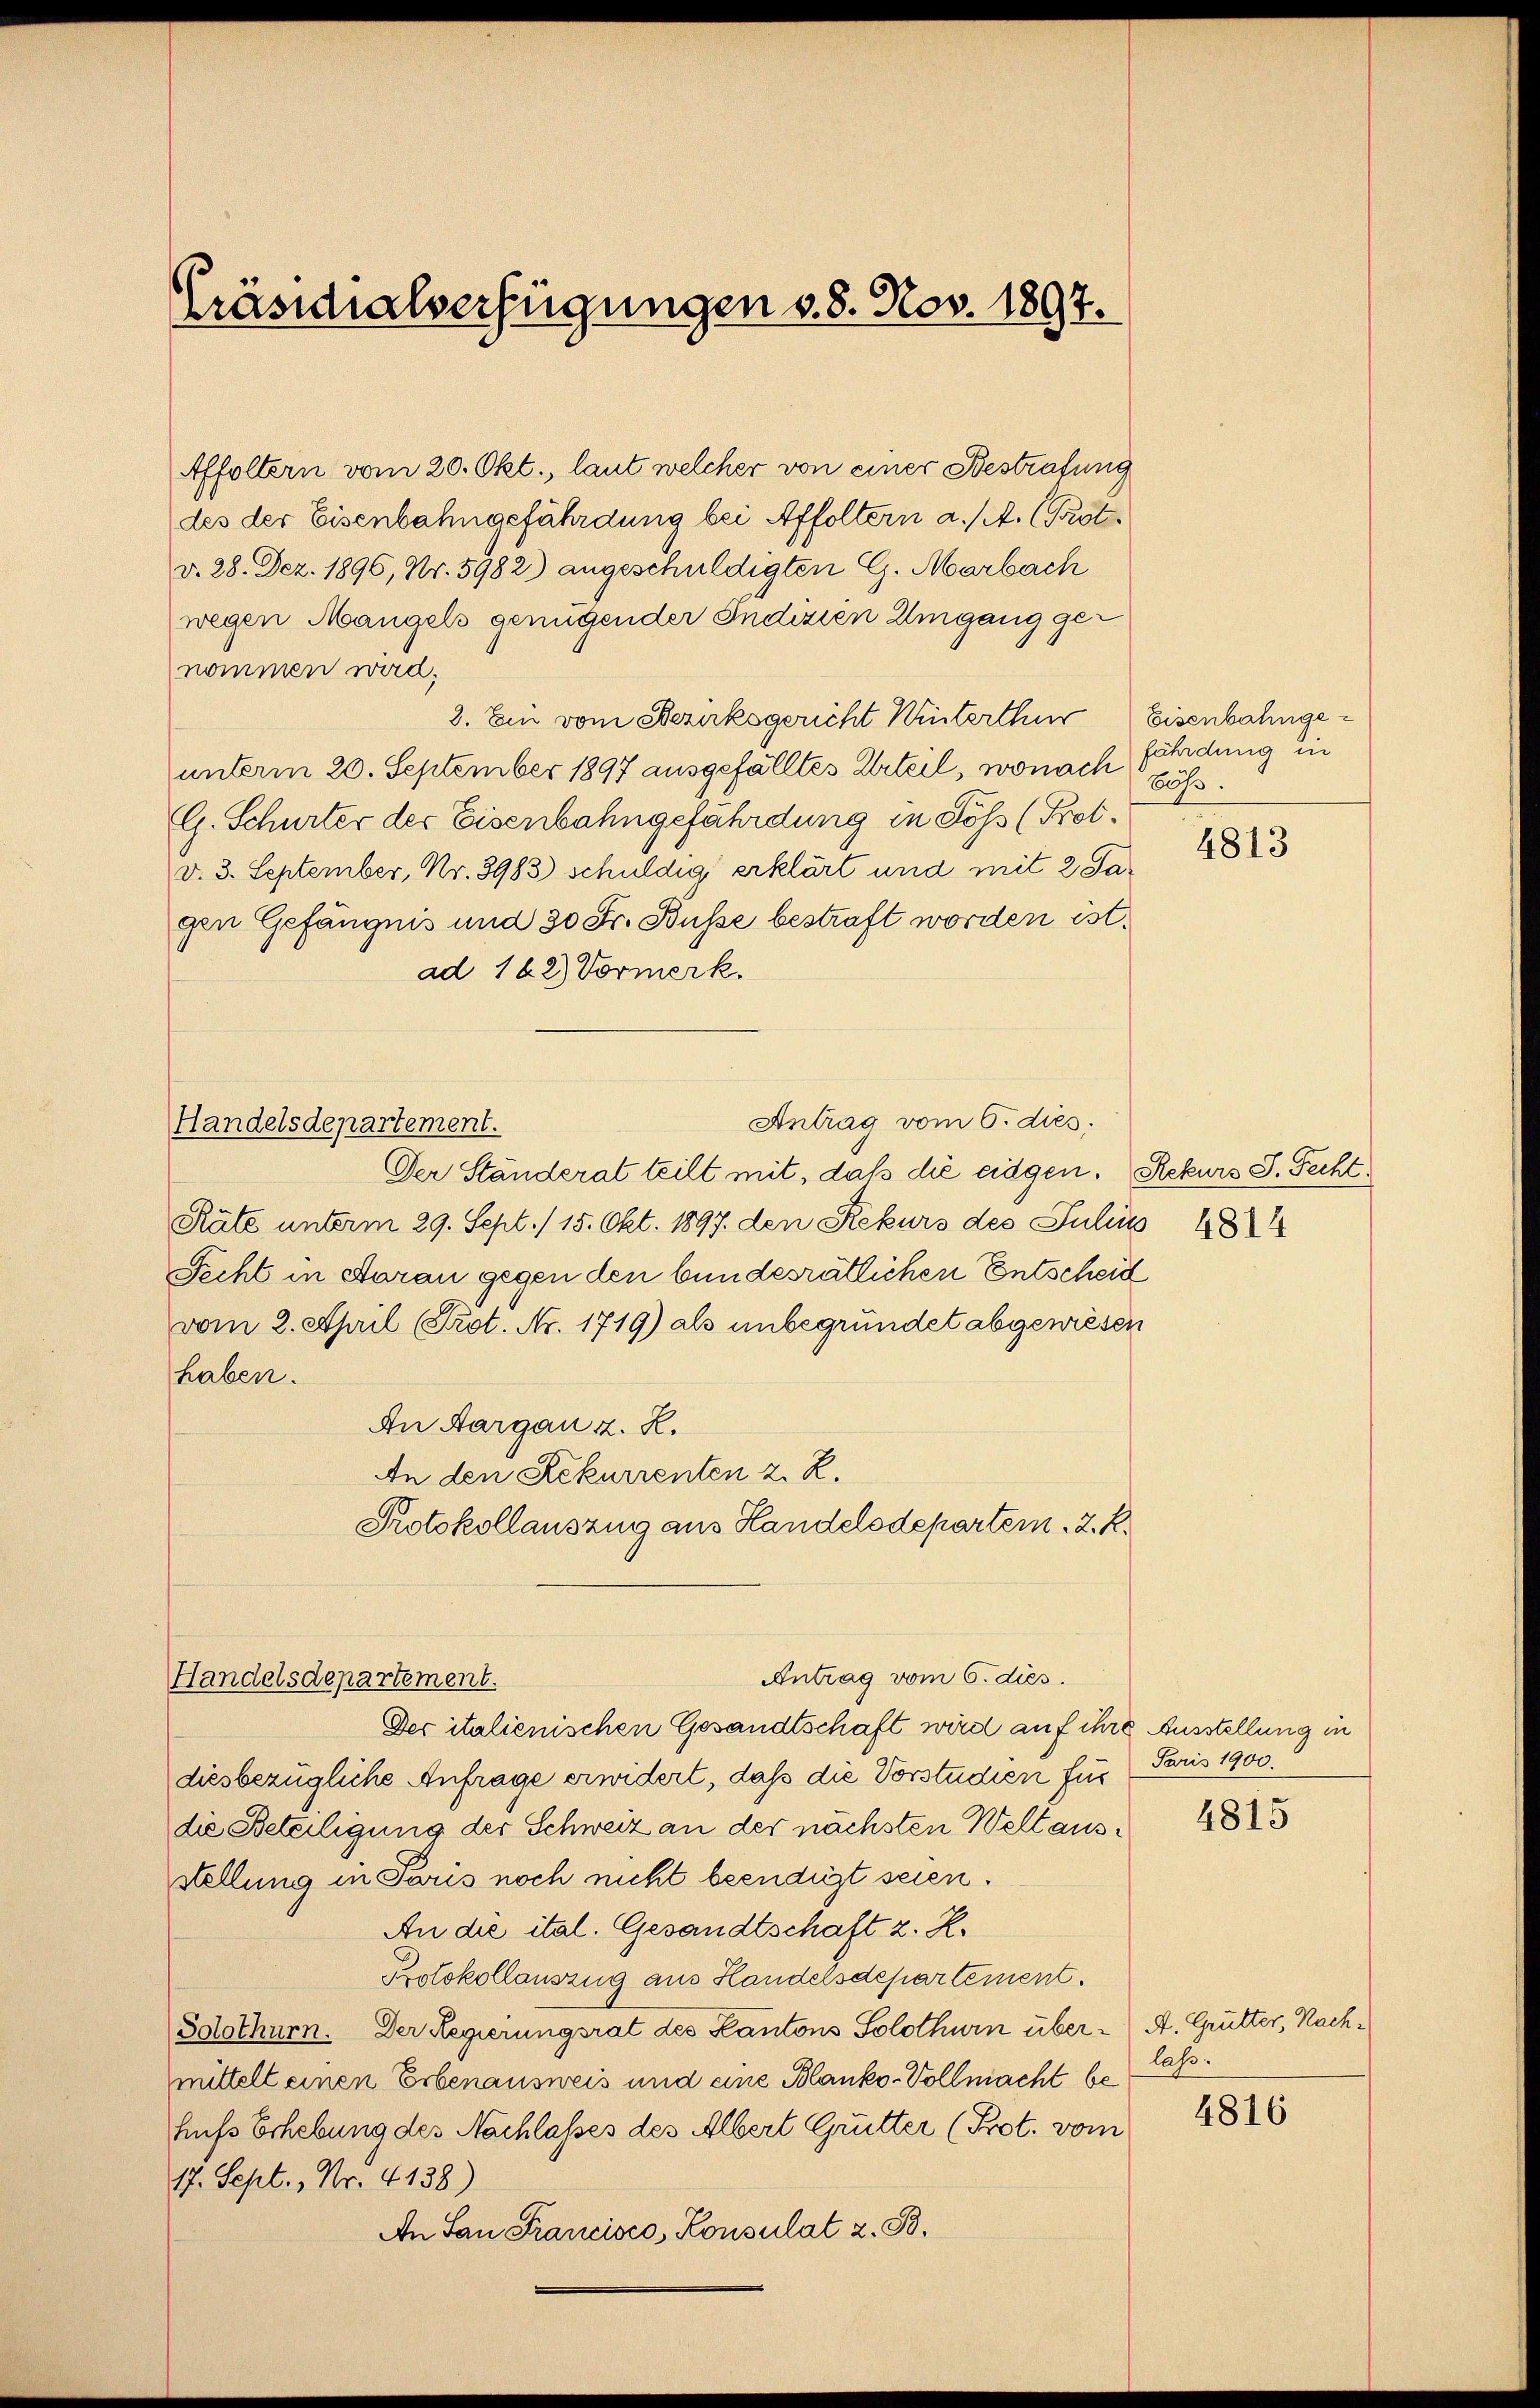
Präsidialverfügungen v. 8. Nov. 1897.

Affoltern vom 20. Okt., laut welcher von einer Bestrafung
des der Eisenbahngefährdung bei Affoltern a. (A. (Gastd. 28. Dez. 1896, Nr. 5982) angeschuldigten G. Marbach
wegen Mangels genügender Indizien Umgang genommen wird;
2. Ein vom Bezirksgericht Winterthur Eisenbahngeunterm 20. September 1897 ausgefälltes Urteil, wonach zöß¬
G. Schurter der Eisenbahngefährdung in Söss (Prot.
d. 3. September, Nr. 3983) schuldig erklärt und mit 2 Sagen Gefängnis und 30 Fr. Busse bestraft worden ist.
ad 162) Vormerk.
Antrag vom 6. dies
Handelsdepartement.
Der Ständerat teilt mit, daß die eidgen. Rekurs J. Fecht¬
Räte unterm 29. Sept. 15. Okt. 1897. den Rekurs des Julius 1874
Fecht in Daran gegen den bundesrätlichen Entscheid
vom 2. April (Prot. Nr. 1719) als unbegründet abgewiesen
haben.
An Aargau z. R.
An den Rekurrenten 2 R.
Protokollauszug aus Handelsdepartem . 2. R.
Antrag vom 6. dies.
Handelsdepartement.
Der italienischen Gesandtschaft wird auf ihre Ausstellung in
diesbezügliche Anfrage erwidert, daß die Vorstudien für
die Beteiligung der Schweiz an der nächsten Weltausstellung in Paris noch nicht beendigt seien.
An die ital. Gesandtschaft z. R.
Protokollauszug aus Handelsdepartement.
Solothurn. Der Regierungsrat des Kantons Solothurn über A. Grutter, Nachmittelt einen Erbenausweis und eine Blanko-Vollmacht behufs Erhebung des Nachlasses des Albert Grütter (Prot. vom
17. Sept., Nr. 4138)
An San Francisco, Konsulat z. B.

fährdung in

4813

Paris 1900.

4815

lass.

4816